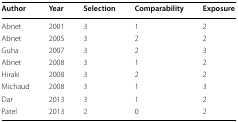
<table><thead><tr><td><b>Author</b></td><td><b>Year</b></td><td><b>Selection</b></td><td><b>Comparability</b></td><td><b>Exposure</b></td></tr></thead><tbody><tr><td>Abnet</td><td>2001</td><td>3</td><td>1</td><td>2</td></tr><tr><td>Abnet</td><td>2005</td><td>3</td><td>2</td><td>2</td></tr><tr><td>Guha</td><td>2007</td><td>3</td><td>2</td><td>3</td></tr><tr><td>Abnet</td><td>2008</td><td>3</td><td>1</td><td>2</td></tr><tr><td>Hiraki</td><td>2008</td><td>3</td><td>2</td><td>2</td></tr><tr><td>Michaud</td><td>2008</td><td>3</td><td>1</td><td>3</td></tr><tr><td>Dar</td><td>2013</td><td>3</td><td>1</td><td>2</td></tr><tr><td>Patel</td><td>2013</td><td>2</td><td>0</td><td>2</td></tr></tbody></table>